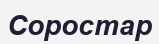
Соростар